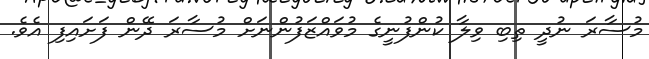
މުސާރަ ނުދީ ތިބި ވިލާ ކުންފުނީގެ މުވައްޒަފުންނަށް މުސާރަ ދޭން ފަށައިފި އެވެ.